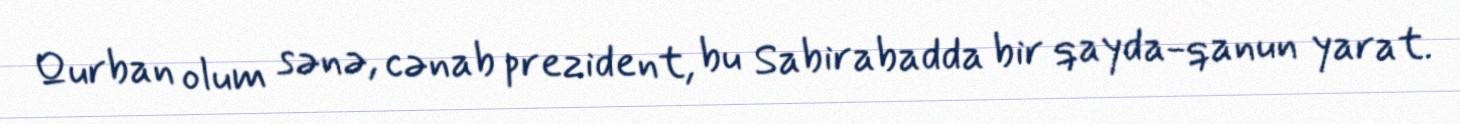
Qurban olum sənə, cənab prezident, bu Sabirabadda bir qayda-qanun yarat.